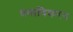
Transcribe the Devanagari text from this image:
प्रमाणिकरन